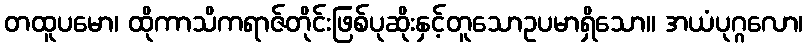
တထူပမော၊ ထိုကာသိကရာဇ်တိုင်းဖြစ်ပုဆိုးနှင့်တူသောဥပမာရှိသော။ အယံပုဂ္ဂလော၊